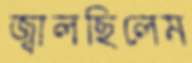
জ্বালছিলেম